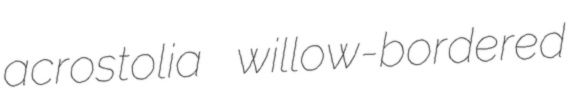
acrostolia willow-bordered